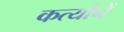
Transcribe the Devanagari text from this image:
कर्त्यानें